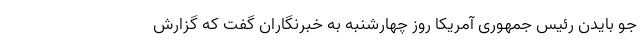
جو بایدن رئیس جمهوری آمریکا روز چهارشنبه به خبرنگاران گفت که گزارش